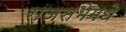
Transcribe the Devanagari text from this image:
राजसभेमधे